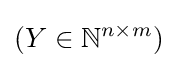
(Y\in \mathbb {N} ^{n\times m})